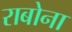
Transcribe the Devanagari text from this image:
राबोना